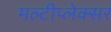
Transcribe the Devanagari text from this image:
मल्टीप्लेक्सर